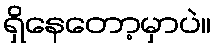
ရှိနေတော့မှာပဲ။